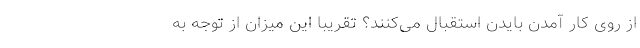
از روی کار آمدن بایدن استقبال می‌کنند؟ تقریبا این میزان از توجه به